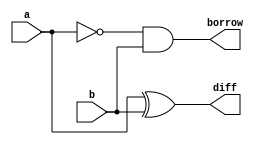
module hs(diff,borrow,a,b);
output diff,borrow;
input a,b;
wire w1;
xor g1(diff,a,b);
not g2(w1,a);
and g3(borrow,w1,b);
endmodule